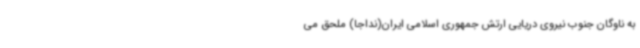
به ناوگان جنوب نیروی دریایی ارتش جمهوری اسلامی ایران(نداجا) ملحق می